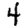
Digit: 4